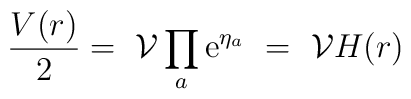
\frac{V(r)}{2} =\ \mathcal{V}\prod_a \mbox{e}^{\eta_a}\ =\ \mathcal{V}H(r)